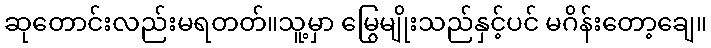
ဆုတောင်းလည်းမရတတ်။သူ့မှာ မြွေမျိုးသည်နှင့်ပင် မဂိန်းတော့ချေ။